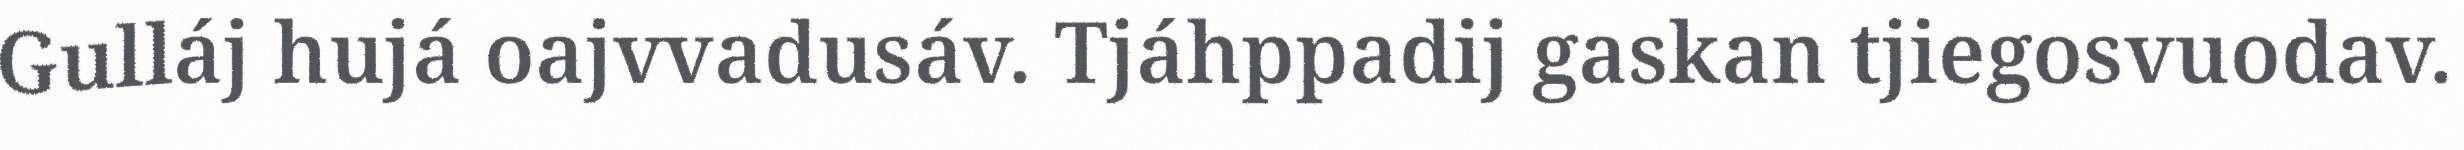
Gulláj hujá oajvvadusáv. Tjáhppadij gaskan tjiegosvuodav.